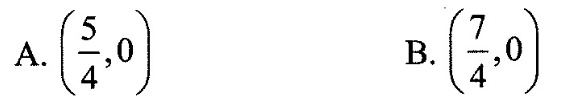
A.( \frac{5}{4},0) B.( \frac{7}{4},0)